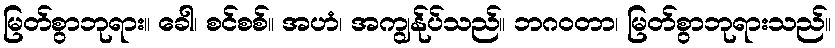
မြတ်စွာဘုရား။ ခေါ၊ စင်စစ်။ အဟံ၊ အကျွန်ုပ်သည်။ ဘဂဝတာ၊ မြတ်စွာဘုရားသည်။